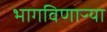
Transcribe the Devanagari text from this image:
भागविणाऱ्या